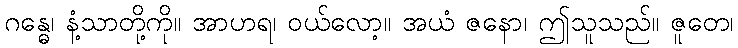
ဂန္ဓေ၊ နံ့သာတို့ကို။ အာဟရ၊ ဝယ်လော့။ အယံ ဇနော၊ ဤသူသည်။ ဇူတေ၊